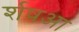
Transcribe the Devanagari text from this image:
र्शषआ